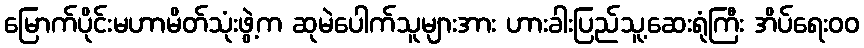
မြောက်ပိုင်းမဟာမိတ်သုံးဖွဲ့က ဆုမဲပေါက်သူများအား ဟားခါးပြည်သူ့ဆေးရုံကြီး အိပ်ရေးဝဝ